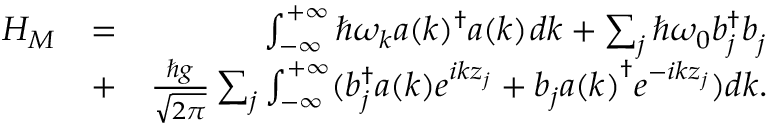
\begin{array} { r l r } { H _ { M } } & { = } & { \int _ { - \infty } ^ { + \infty } \hbar \omega _ { k } a ( k ) ^ { \dag } a ( k ) ^ { \vphantom { \dag } } d k + \sum _ { j } \hbar \omega _ { 0 } b _ { j } ^ { \dag } b _ { j } ^ { \vphantom { \dag } } } \\ & { + } & { \frac { \hbar g } { \sqrt { 2 \pi } } \sum _ { j } \int _ { - \infty } ^ { + \infty } ( b _ { j } ^ { \dag } a { ( k ) } e ^ { i k z _ { j } } + b _ { j } a { ( k ) } ^ { \dag } e ^ { - i k z _ { j } } ) d k . } \end{array}